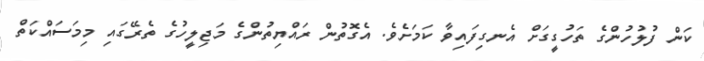
ކަން ފުލުހުންގެ ތަހުގީގަށް އެނގިފައިވާ ކަމަށެވެ. އެގޮތުން ރައްޔިތުންގެ މަޖިލީހުގެ ތެރޭގައި މިމަސައްކަތް